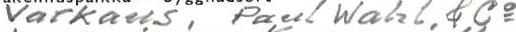
Varkaus, Paul Wahl & Co